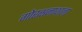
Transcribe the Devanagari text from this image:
गोरक्षनाथाला